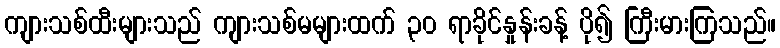
ကျားသစ်ထီးများသည် ကျားသစ်မများထက် ၃၀ ရာခိုင်နှုန်းခန့် ပို၍ ကြီးမားကြသည်။